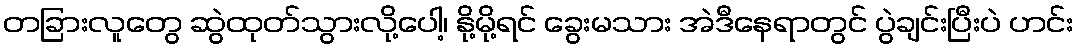
တခြားလူတွေ ဆွဲထုတ်သွားလို့ပေါ့၊ နို့မို့ရင် ခွေးမသား အဲဒီနေရာတွင် ပွဲချင်းပြီးပဲ ဟင်း